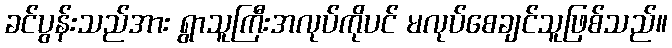
ခင်ပွန်းသည်အား ရွာသူကြီးအလုပ်ကိုပင် မလုပ်စေချင်သူဖြစ်သည်။